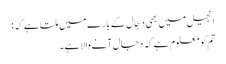
انجیل میں بھی دجّال کے بارے میں ملتا ہے کہ:
تم کو معلوم ہے کہ دجال آنے والا ہے۔